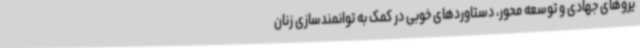
یروهای جهادی و توسعه محور، دستاوردهای خوبی در کمک به توانمندسازی زنان